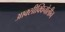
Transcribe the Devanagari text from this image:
आक्सीक्विनोलीन